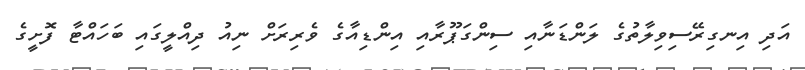
އަދި އިނގިރޭސިވިލާތުގެ ލަންޑަނާއި ސިންގަޕޫރާއި އިންޑިއާގެ ވެރިރަށް ނިއު ދިއްލީގައި ބަހައްޓާ ފޮށީގެ